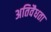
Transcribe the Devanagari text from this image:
अतिवैधता